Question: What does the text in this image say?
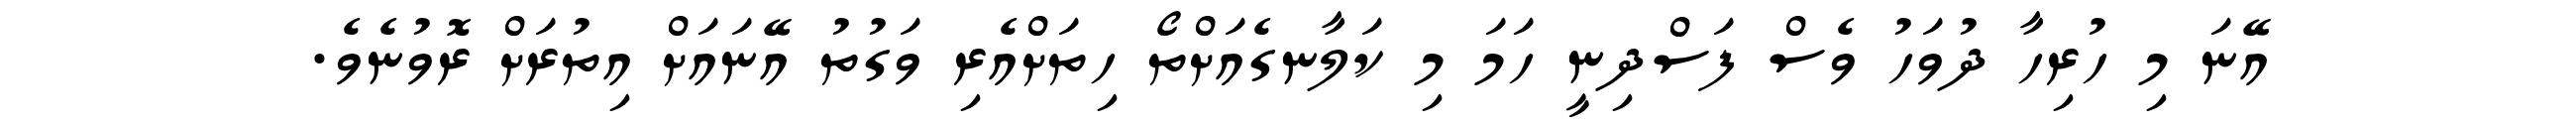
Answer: އޭނަ މި ހުރިހާ ދުވަހު ވެސް ފަސްދިނީ ހަމަ މި ކަލާނގެއަށްތޯ ހިތަށްއެރި ވަގުތު އޭނައަށް އިތުރަށް ރޮވުނެވެ.